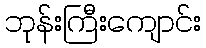
ဘုန်းကြီးကျောင်း